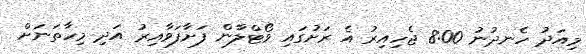
މިއަދު ހެނދުނު 8:00 ޖެހިއިރު އެ ރަށުގައި ވޯޓްލާން ފަށާފަވާއިރު އަދި މިހާތަނަށް